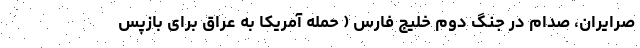
صرایران، صدام در جنگ دوم خلیج فارس ( حمله آمریکا به عراق برای بازپس